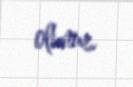
olunur.